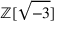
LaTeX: \mathbb { Z } [ { \sqrt { - 3 } } ]